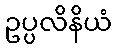
ဥပ္ပလိနိယံ